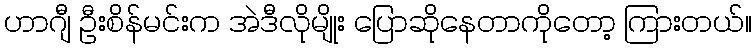
ဟာဂျီ ဦးစိန်မင်းက အဲဒီလိုမျိုး ပြောဆိုနေတာကိုတော့ ကြားတယ်။